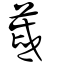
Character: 蒧